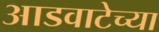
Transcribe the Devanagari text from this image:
आडवाटेच्या